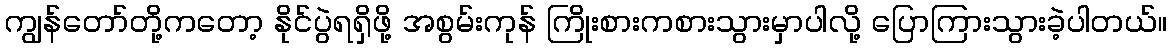
ကျွန်တော်တို့ကတော့ နိုင်ပွဲရရှိဖို့ အစွမ်းကုန် ကြိုးစားကစားသွားမှာပါလို့ ပြောကြားသွားခဲ့ပါတယ်။